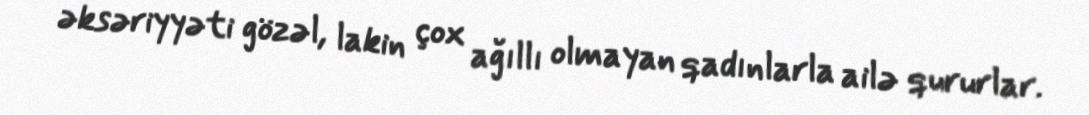
əksəriyyəti gözəl, lakin çox ağıllı olmayan qadınlarla ailə qururlar.